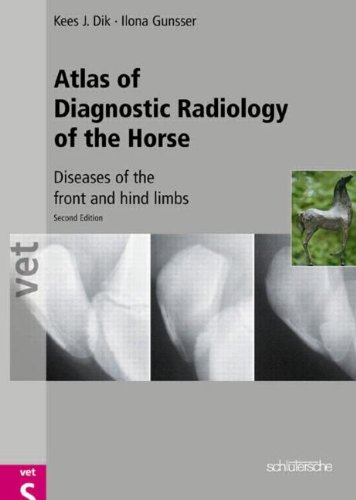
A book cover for Atlas of Diagnostic Radiology of the Horse: Diseases of the Front and Hind Limbs; Kees J. Dik; Medical Books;